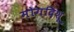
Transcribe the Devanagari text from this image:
मोगदिशू